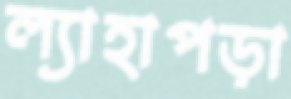
ল্যাহাপড়া